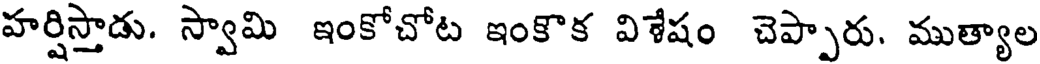
హర్షిస్తాడు. స్వామి ఇంకోచోట ఇంకొక విశేషం చెప్పారు. ముత్యాల